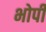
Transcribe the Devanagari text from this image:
भोपी